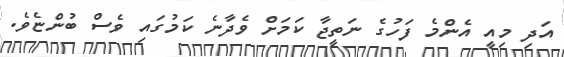
އަދި މިއީ އެންމެ ފަހުގެ ނަތީޖާ ކަމަށް ވެދާނެ ކަމުގައި ވެސް ބުންޏެވެ.